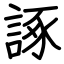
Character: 諑